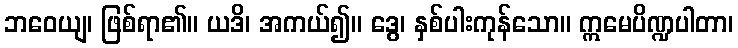
ဘဝေယျ၊ ဖြစ်ရာ၏။ ယဒိ၊ အကယ်၍။ ဒွေ၊ နှစ်ပါးကုန်သော။ ဣမေပိဏ္ဍပါတာ၊